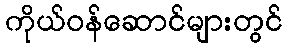
ကိုယ်ဝန်ဆောင်များတွင်